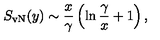
S _ { \mathrm { v N } } ( y ) \sim { \frac { x } { \gamma } } \left( \ln { \frac { \gamma } { x } } + 1 \right) ,